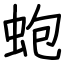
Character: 蚫